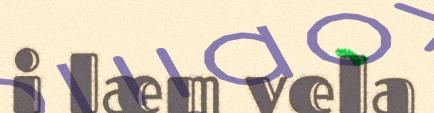
i læm vela